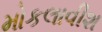
મોકલાવીશ